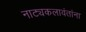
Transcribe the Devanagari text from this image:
नाट्यकलावंतांना